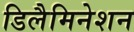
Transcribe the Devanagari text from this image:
डिलैमिनेशन